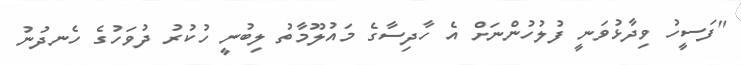
"ފަސީހު ވިދާޅުވަނީ ފުލުހުންނަށް އެ ހާދިސާގެ މައުލޫމާތު ލިބުނީ ހުކުރު ދުވަހުގެ ހެނދުނު